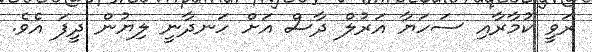
ރަވީ ކުމާރާއި ސަހަޔާ އަރުލް ދާސް އަށް ހަނދާނީ ލިޔުން ދީފަ އެވެ.